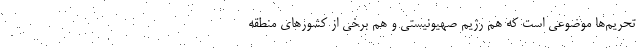
تحریم‌ها موضوعی است که هم رژیم صهیونیستی و هم برخی از کشورهای منطقه